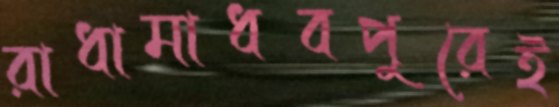
রাধামাধবপুরেই